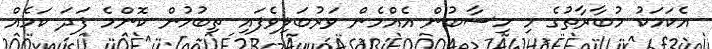
އެކަމަކު މުބާރާތުގެ މި ހިސާބުން އެއްމެން ވަރުބަލިވެފައި ތިބުމުން ކޮންމެ ފަދަ ކަމެއް